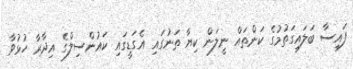
ފައިސާ ބަލައިގަތުމުގެ ކަންތައް ނީލަން ކިޔާ ތަނުގައި އެގަޑީގައި ކައުންސިލްގެ އިދާރާ ހުޅުވާ